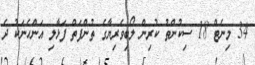
34 މިނެޓް 18 ސިކުންތު ކުރިން ލޯބިވެރިޔާގެ ތުންފަތް ފަޅާލި އަންހެނަކު ދެ